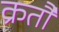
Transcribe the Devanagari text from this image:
क्रतौ